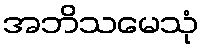
အဘိသမေသုံ